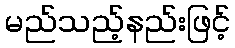
မည်သည့်နည်းဖြင့်